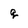
Character: q